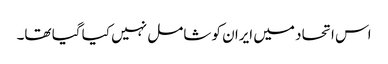
اس اتحاد میں ایران کو شامل نہیں کیا گیا تھا۔